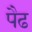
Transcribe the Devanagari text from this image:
पैढ